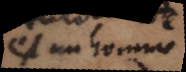
(un homme